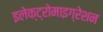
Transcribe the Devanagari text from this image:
इलेक्ट्रोमाइग्रेशन